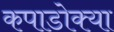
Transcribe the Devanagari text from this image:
कपाडोक्या